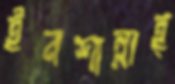
ইনশাল্লাহ্